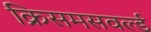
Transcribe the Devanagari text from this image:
क्रिसमसवर्ल्ड